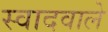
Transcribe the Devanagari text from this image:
स्वादवाले